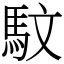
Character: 馼